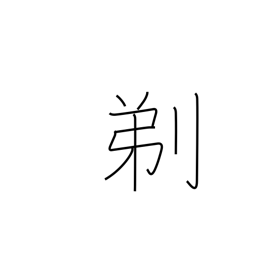
Meaning: shave